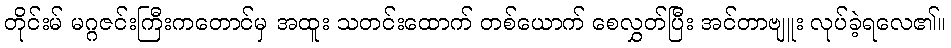
တိုင်းမ် မဂ္ဂဇင်းကြီးကတောင်မှ အထူး သတင်းထောက် တစ်ယောက် စေလွှတ်ပြီး အင်တာဗျူး လုပ်ခဲ့ရလေ၏။